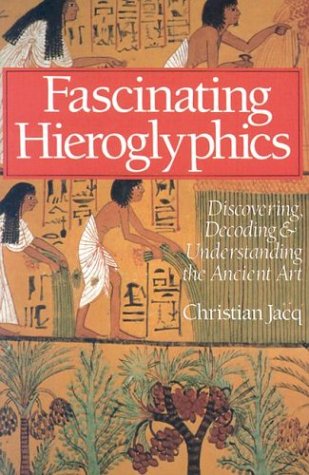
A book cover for Fascinating Hieroglyphics: Discovering, Decoding & Understanding the Ancient Art; Christian Jacq; History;